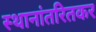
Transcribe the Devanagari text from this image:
स्थानांतरितकर